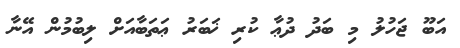
އަބޫ ޖަހުލު މި ބަދު ދުޢާ ކުރި ޚަބަރު ޢަތަބާއަށް ލިބުމުން އޭނާ